Document type: Sale
Year: 1323
Scribe: Guillem Coscoll
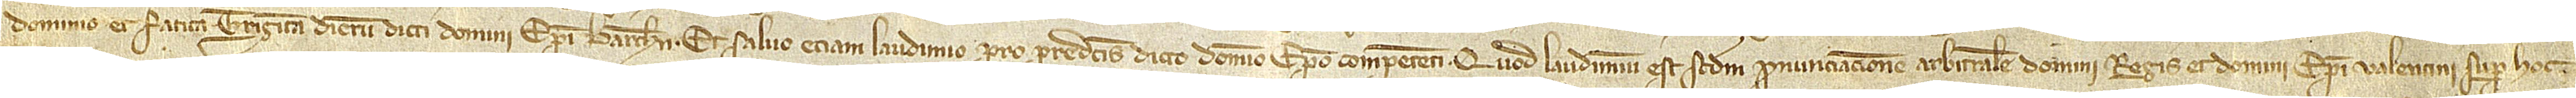
dominio et fatica triginta dierum dicti domini episcopi Barchinone. Et salvo etiam laudimio pro predictis dicto domino episcopo competenti. Quod laudimium est secundum pronunciacionem arbitralem domini regis et domini episcopi Valentini super hoc